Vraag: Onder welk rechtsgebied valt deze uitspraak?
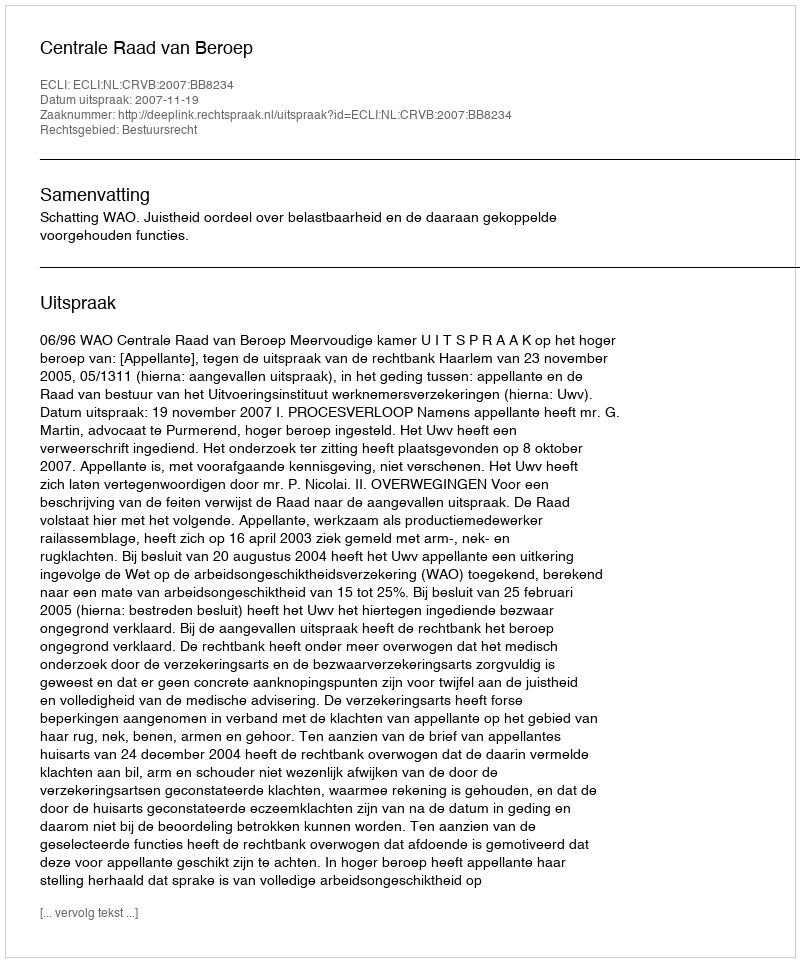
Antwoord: Bestuursrecht